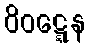
ဝိဝဋ္ဋေန